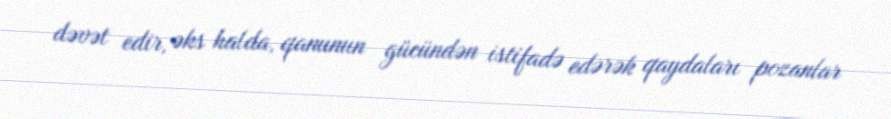
dəvət edir, əks halda, qanunun gücündən istifadə edərək qaydaları pozanlar